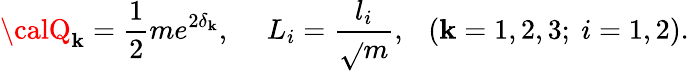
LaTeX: {\calQ}_{\mathbf{k}}={\frac{{1}}{{2}}}me^{2\delta_{\mathbf{k}}},\ \ \ \ \ L_{i}={\frac{{l_{i}}}{{\sqrt{}{{m}}}}},\ \ \ (\mathbf{k}=1,2,3;\ i=1,2).